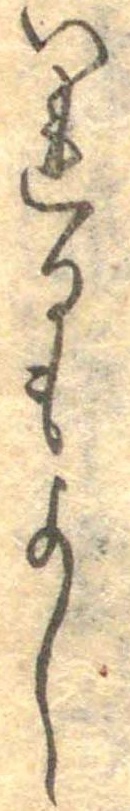
いれるもよし